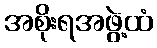
အစိုးရအဖွဲ့ထံ